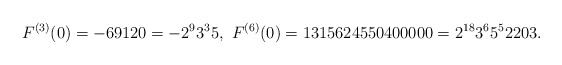
\begin{align*}F^{(3)}(0)=-69120=-2^{9}3^{3}5,\ F^{(6)}(0)=1315624550400000=2^{18}3^{6}5^{5}2203.\end{align*}